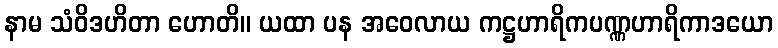
နာမ သံဝိဒဟိတာ ဟောတိ။ ယထာ ပန အဝေလာယ ကဋ္ဌဟာရိကပဏ္ဏဟာရိကာဒယော